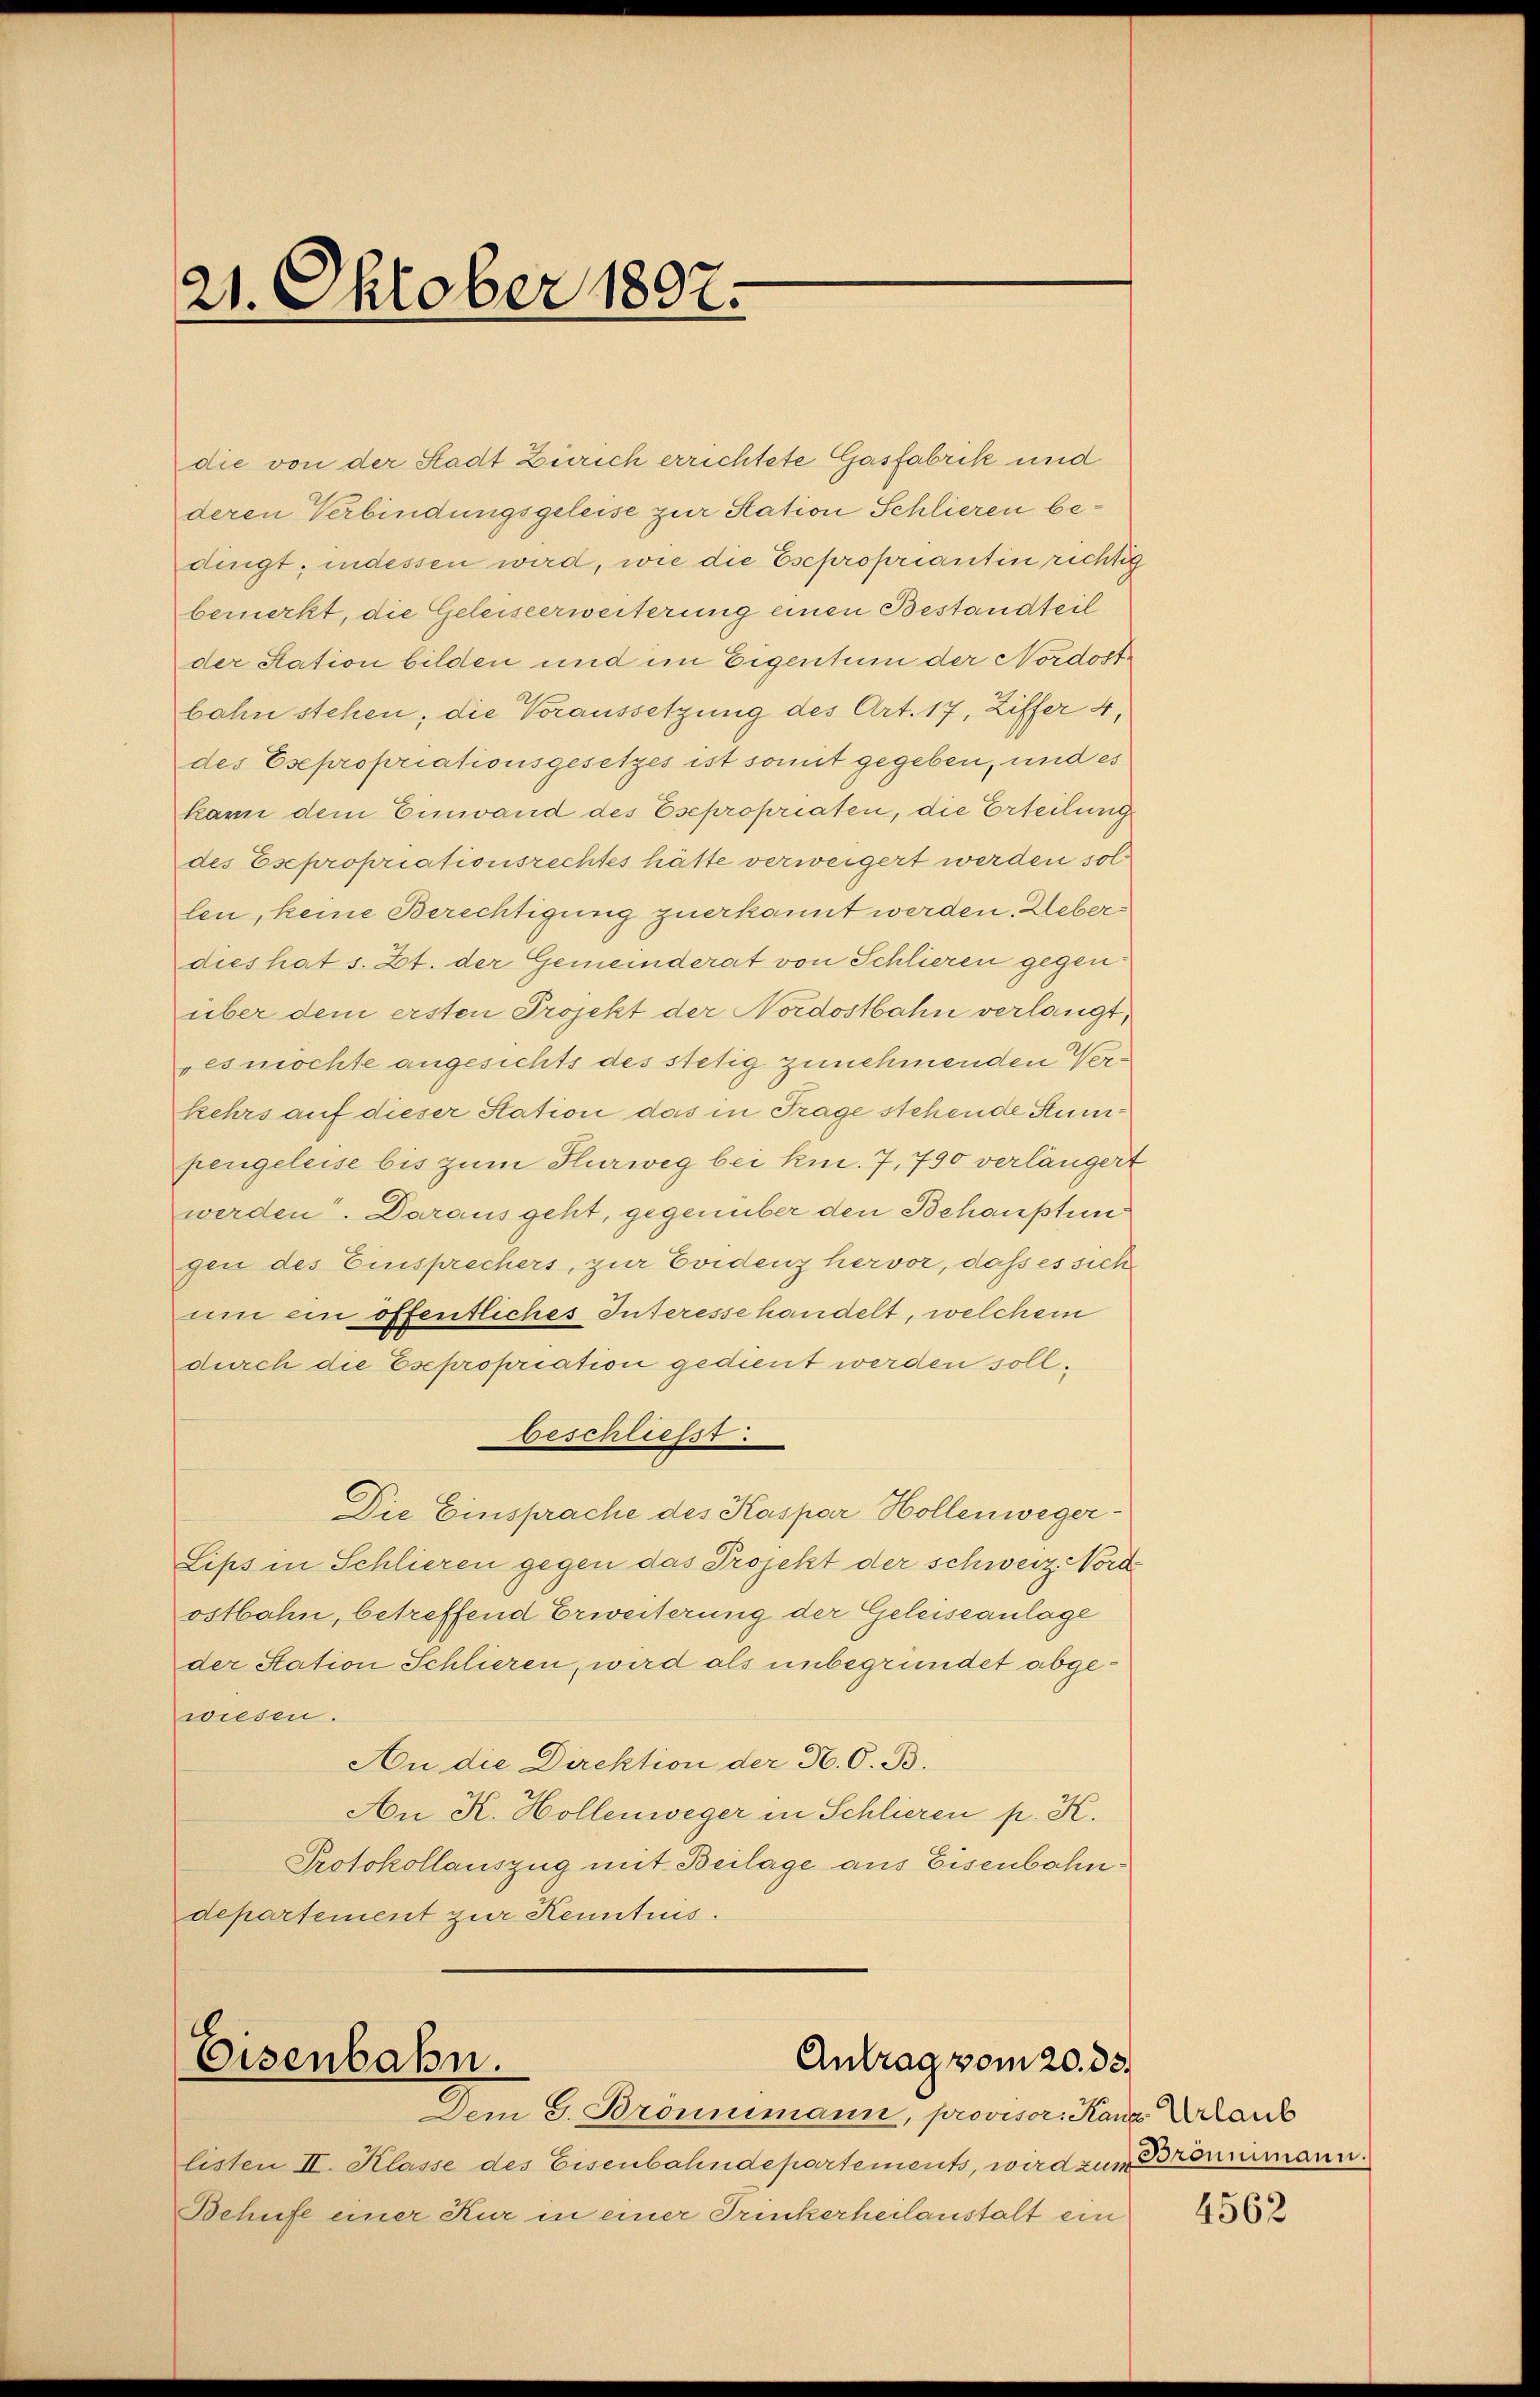
die von der Stadt Zürich errichtete Gasfabrik und
deren Verbindungsgeleise zur Station Schlieren bedingt, indessen wird, wie die Esepropriantin richtig
bemerkt, die Geleiseerweiterung einen Bestandteil
der Station bilden und im Eigentum der Nordostbahn stehen, die Voraussetzung des Art. 17, Ziffer 4,
des Esepropriationsgesetzes ist somit gegeben, und es
kann dem Einwand des Esepropriaten, die Erteilung
des Esepropriationsrechtes hätte verweigert werden sollen, keine Berechtigung zuerkannt werden. Ueberdies hat s. Zt. der Gemeinderat von Schlieren gegenüber dem ersten Projekt der Nordostbahn verlangt,
"es möchte angesichts des stetig zunehmenden Verkehrs auf dieser Station das in Frage stehende Stunpengeleise bis zum Flurweg bei kn. 7, 790 verlängert
werden. Darausgeht, gegenüber den Behauptun
gen des Einsprechers, zur Evidenz hervor, dass es sich
um ein öffentliches Interesse handelt, welchem
durch die Esepropriation gedient werden soll,
beschliesst.
Die Einsprache des Kaspar Hollenweger¬
Lips in Schlieren gegen das Projekt der schweiz. Nord
ostbahn, betreffend Erweiterung der Geleiseanlage
der Station Schlieren, wird als unbegründet abgewiesen.
An die Direktion der H. G. B.
An K. Hollenweger in Schlieren p. K.
Protokollauszug mit Beilage aus Eisenbahndepartement zur Kenntnis.

21. Oktober 1807.

Antrag vom 20. 33.
Eisenbahn.
Dem G. Brömmimann, provisor. Kanz Urlaub

listen II. Klasse des Eisenbahndepartements, wird zum Bronimann.
Behufe einer Kur in einer Trinkerheilanstalt ein

4562